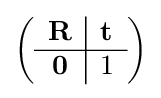
\left({\begin{array}{c|c}\mathbf {R} &\mathbf {t} \\\hline \mathbf {0} &1\end{array}}\right)